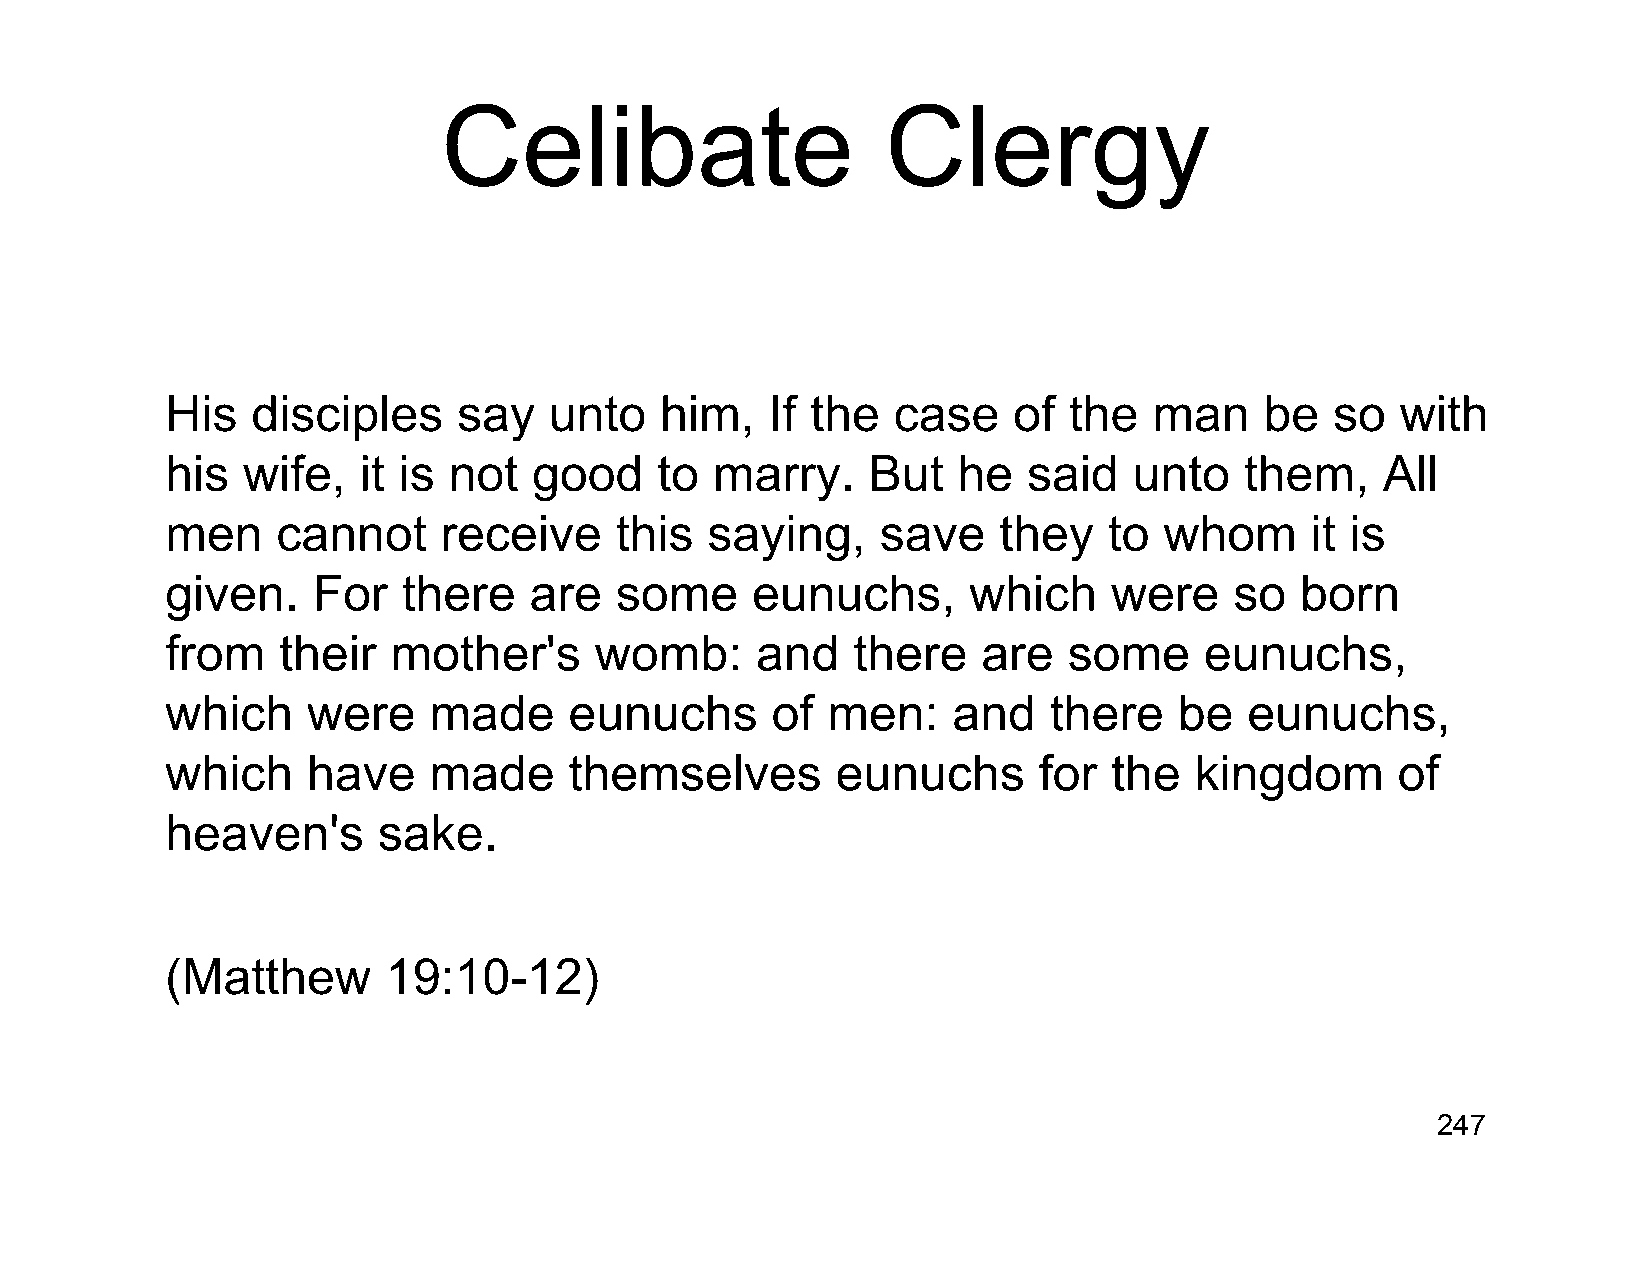
Celibate                      Clergy
 His   disciples    say   unto    him,   If the  case    of  the  man     be  so   with
 his  wife,   it is not  good    to  marry.    But   he   said   unto   them,     All
 men    cannot     receive     this  saying,    save    they   to  whom      it is
 given.    For   there   are   some     eunuchs,      which     were    so  born
 from   their   mother's     womb:      and   there    are   some     eunuchs,
 which    were    made      eunuchs      of  men:    and   there    be   eunuchs,
 which    have    made      themselves       eunuchs       for  the  kingdom      of
 heaven's      sake.
 (Matthew      19:10-12)
 247